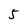
Character: 5